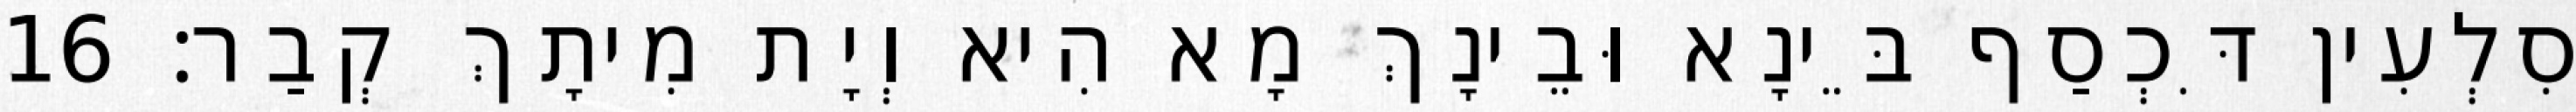
סִלְעִין דִּכְסַף בֵּינָא וּבֵינָךְ מָא הִיא וְיָת מִיתָךְ קְבַר׃ 16